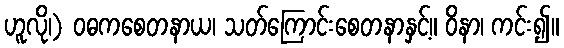
ဟူလို၊) ဝဓကစေတနာယ၊ သတ်ကြောင်းစေတနာနှင့်။ ဝိနာ၊ ကင်း၍။